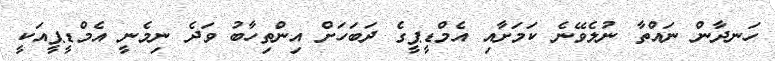
ހަނދާން ނައްތާ ނުލެވޭނެ ކަމަށާއި އެމްޑީޕީގެ ދަބަހަށް އިންތިހާބު ވަދެ ނިމެނީ އެމްޑީޕީއަކީ